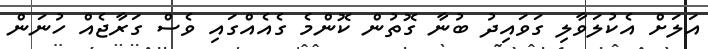
އަލަށް އެކުލަވާލި ގަވައިދު ބުނާ ގޮތުން ކޮންމެ ގެއެއްގައި ވެސް ގަރާޖެއް ހުނަން